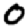
Digit: 0